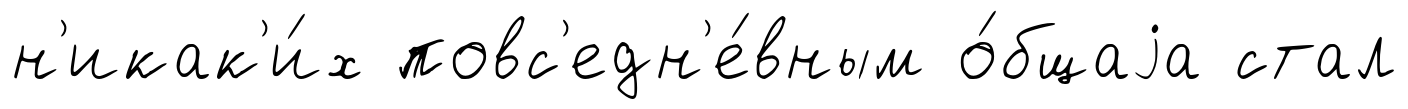
н'икак'и́х повс'едн'е́вным о́бщаjа стал